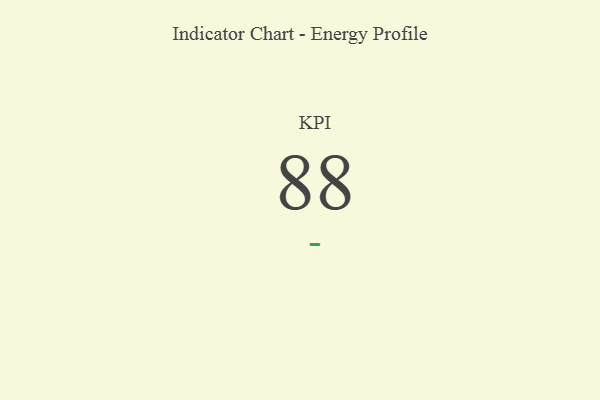
{"axis": {"x": "KPI", "y": "Value"}, "legend": [""], "data": [{"x": "KPI", "y": 88, "type": ""}]}